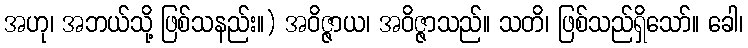
အဟု၊ အဘယ်သို့ ဖြစ်သနည်း။) အဝိဇ္ဇာယ၊ အဝိဇ္ဇာသည်။ သတိ၊ ဖြစ်သည်ရှိသော်။ ခေါ၊